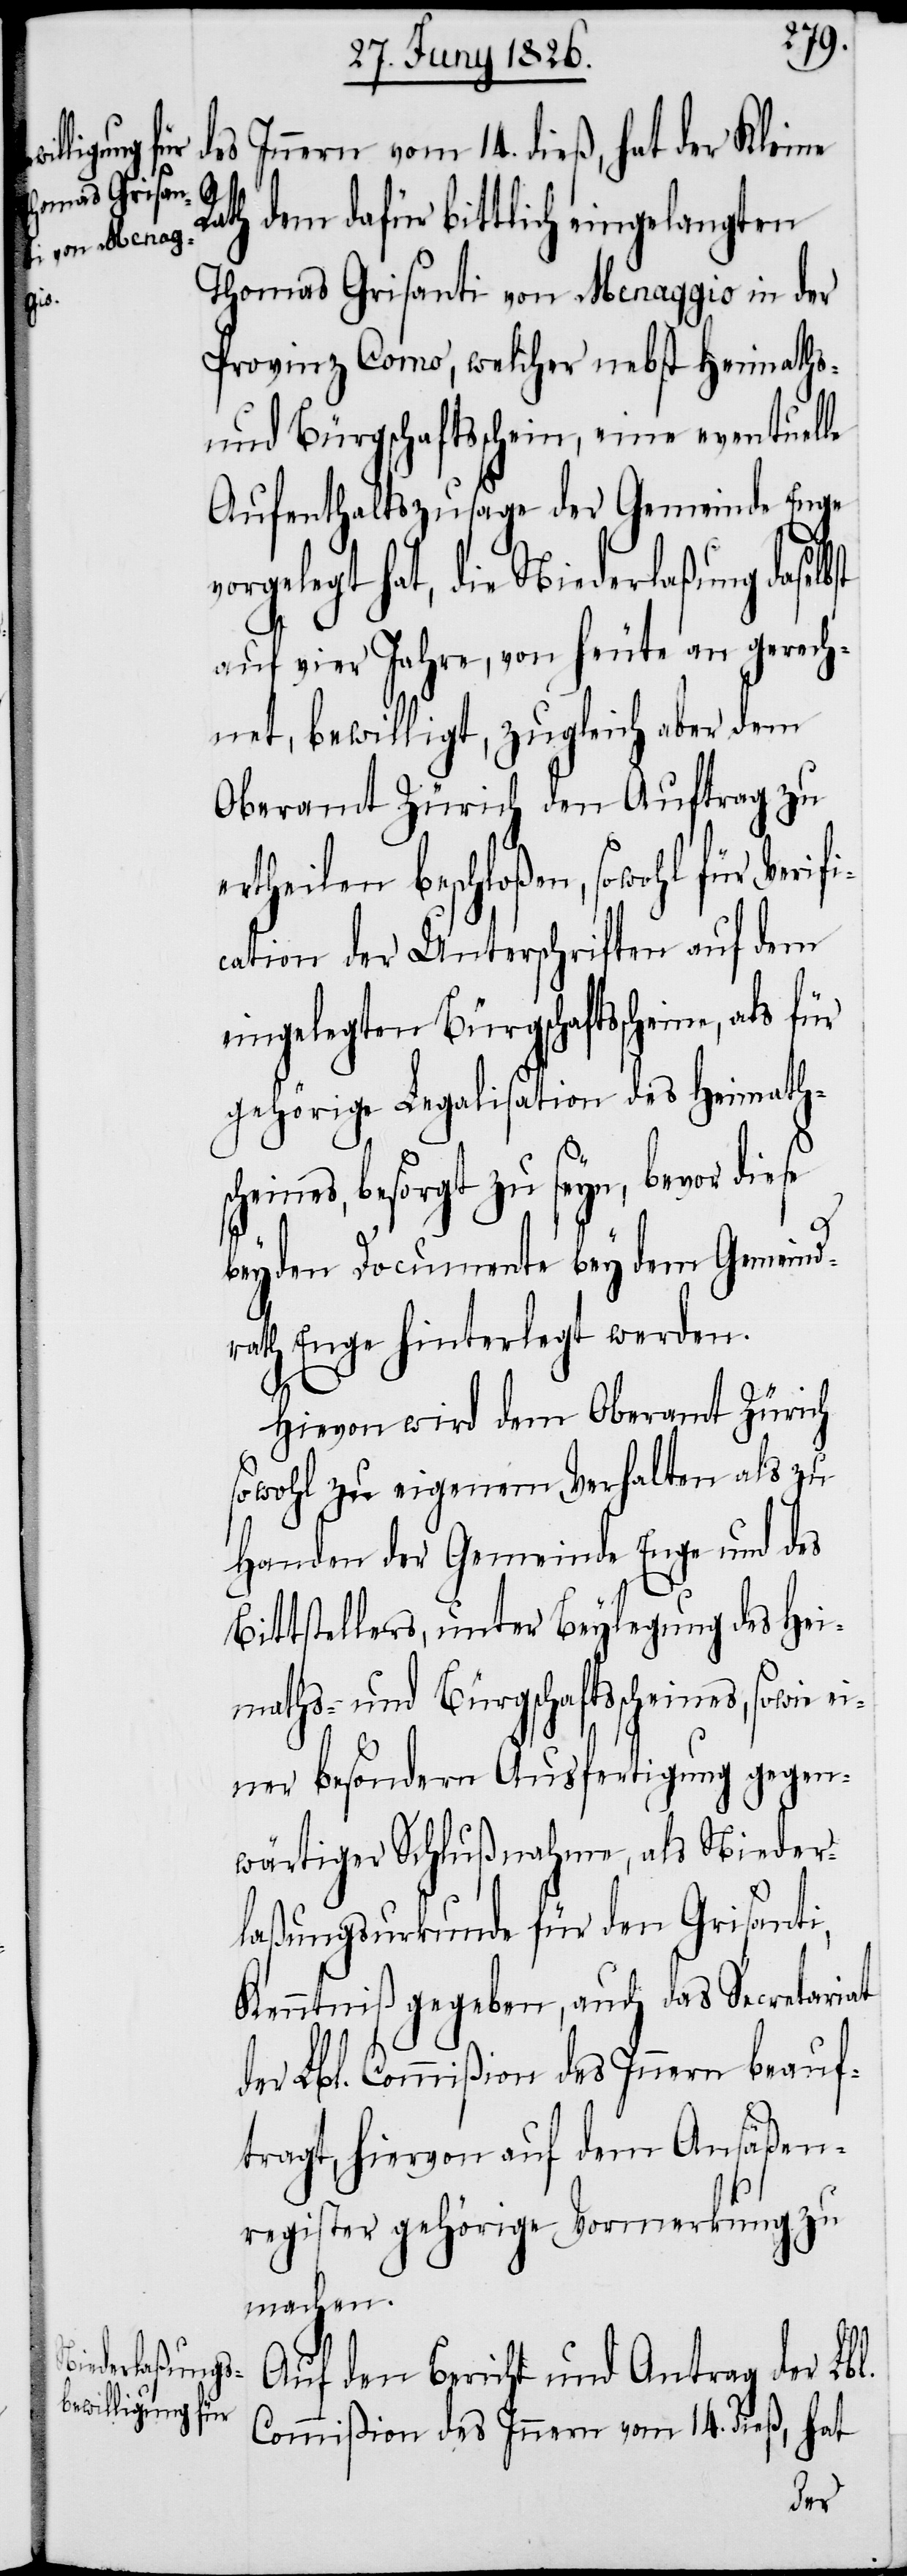
cheines,
fi¬

des Innern vom 14. dieß, hat der Kleine
bst
Rath dem dafür bittlich eingelangten
Thomas Grisanti von Menaggio in der
Provinz Como, welcher nebst Heimaths-
und Bürgschaftsschein, eine eventuelle
Aufenthaltszusage der Gemeinde Enge
vorgelegt hat, die Niederlaßung dasel¬
auf vier Jahre, von heute an gerech¬
net, bewilligt, zugleich aber dem
Oberamt Zürich den Auftrag zu
ertheilen beschloßen, sowohl für Veri¬
cation der Unterschriften auf dem
eingelegten Bürgschaftsscheine, als
gehörige Legalisation des Heimaths¬
besorgt zu seyn, bevor die¬
se
beyden Documente bey dem Gemeind¬
rath Enge hinterlegt werden.
Hievon wird dem Oberamt Zürich
sowohl zu eigenem Verhalten als zu
Handen der Gemeinde Enge und des
Bittstellers, unter Beylegung des Hei¬
maths- und Bürgschaftsscheines, sowie
einer besondern Ausfertigung gegen¬
wärtiger Schlußnahme, als Nieder¬
laßungsurkunde für den Grisanti,
Kenntniß gegeben, auch das Secretariat
der Lbl. Commißion des Innern beauf¬
tragt, hiervon auf dem Ansäßen¬
register gehörige Vormerkung zu
machen.
Auf den Bericht und Antrag der Lbl.
Commißion des Innern vom 14. dieß, hat